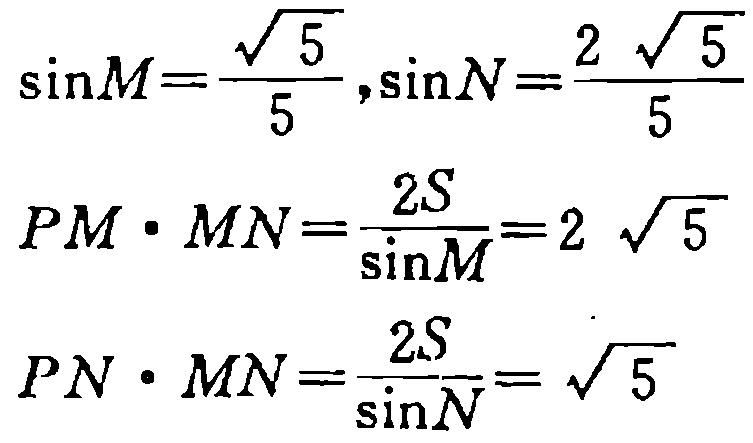
\[\sin M=\frac{\sqrt{5}}{5},\sin N=\frac{2\sqrt{5}}{5}\]
\[PM\cdot MN=\frac{2S}{\sin M}=2\sqrt{5}\]
\[PN\cdot MN=\frac{2S}{\sin N}=\sqrt{5}\]